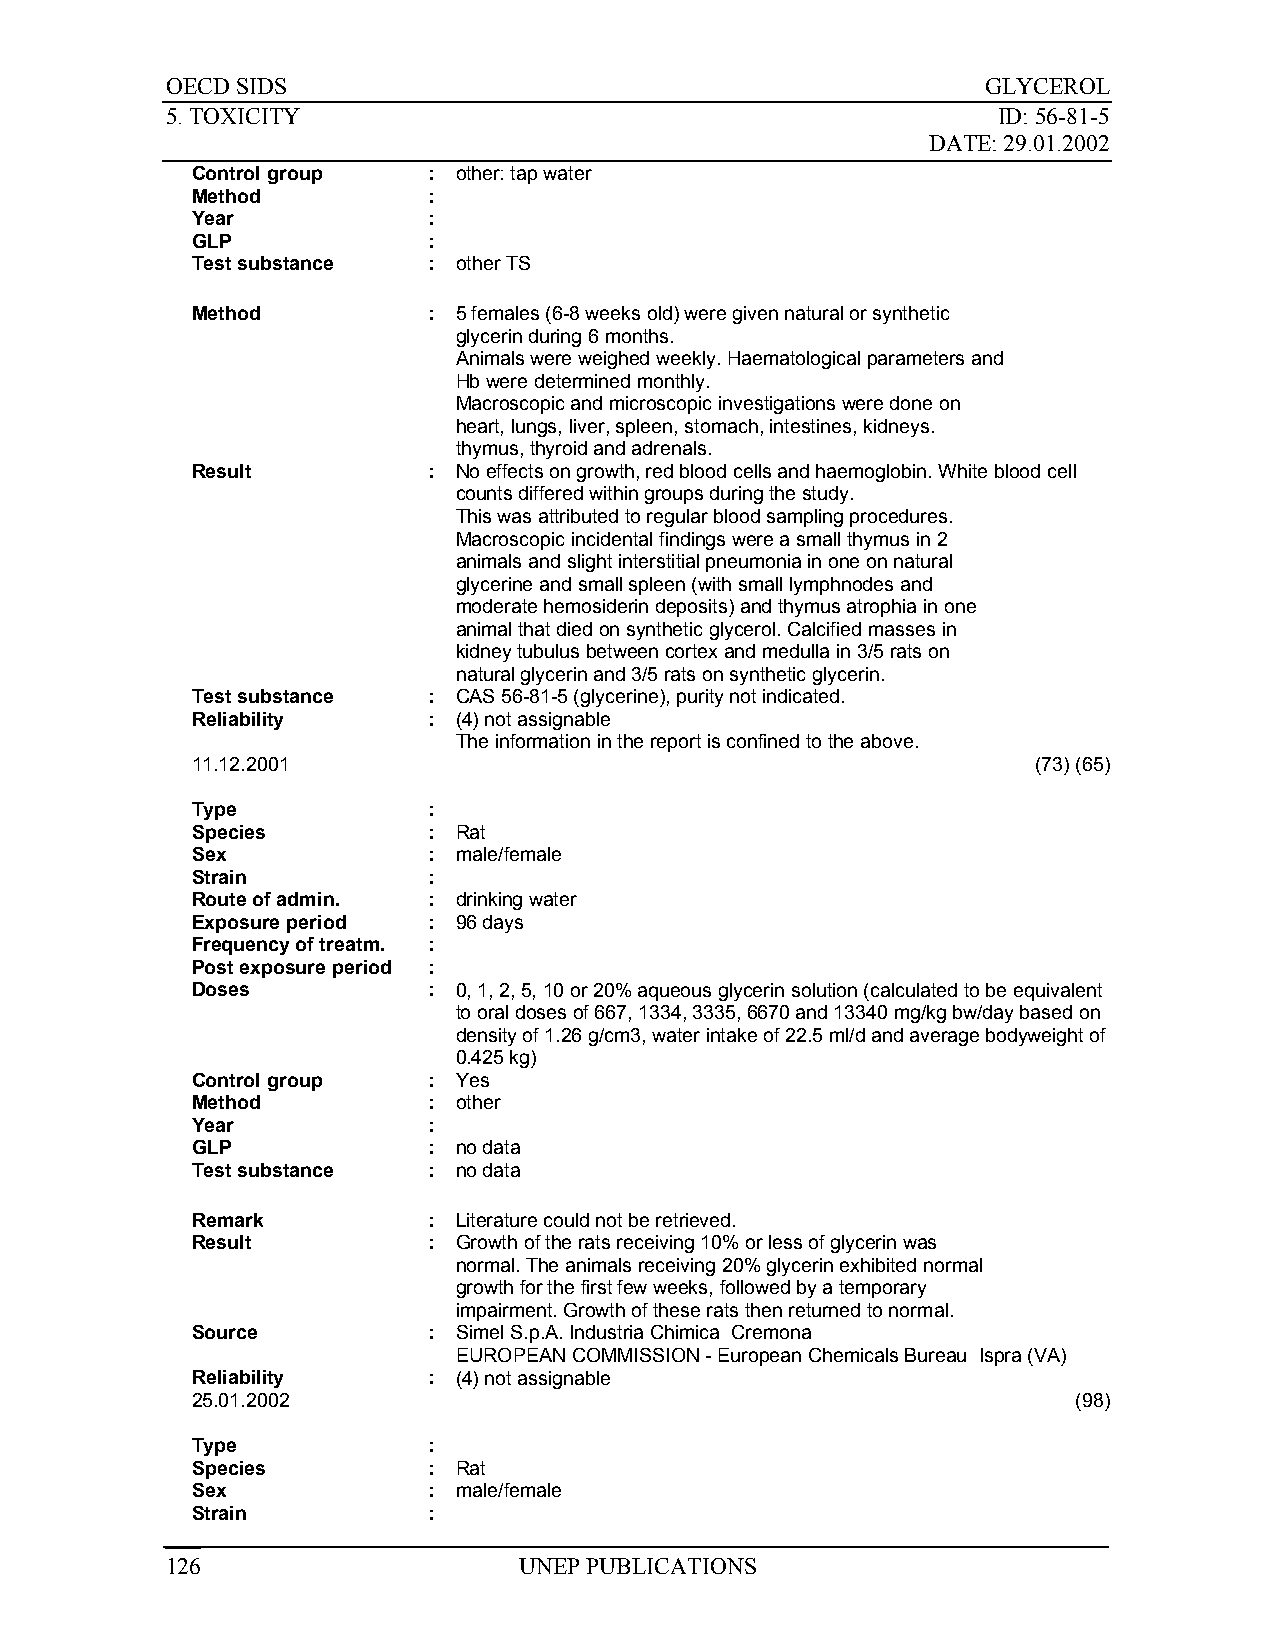
OECD SIDS                                             GLYCEROL
 5. TOXICITY                                            ID: 56-81-5
 DATE: 29.01.2002
 Control group  : other: tap water
 Method         :
 Year           :
 GLP            :
 Test substance : other TS
 Method         : 5 females (6-8 weeks old) were given natural or synthetic
 glycerin during 6 months.
 Animals were weighed weekly. Haematological parameters and
 Hb were determined monthly.
 Macroscopic and microscopic investigations were done on
 heart, lungs, liver, spleen, stomach, intestines, kidneys.
 thymus, thyroid and adrenals.
 Result         : No effects on growth, red blood cells and haemoglobin. White blood cell
 counts differed within groups during the study.
 This was attributed to regular blood sampling procedures.
 Macroscopic incidental findings were a small thymus in 2
 animals and slight interstitial pneumonia in one on natural
 glycerine and small spleen (with small lymphnodes and
 moderate hemosiderin deposits) and thymus atrophia in one
 animal that died on synthetic glycerol. Calcified masses in
 kidney tubulus between cortex and medulla in 3/5 rats on
 natural glycerin and 3/5 rats on synthetic glycerin.
 Test substance : CAS 56-81-5 (glycerine), purity not indicated.
 Reliability    : (4) not assignable
 The information in the report is confined to the above.
 11.12.2001                                              (73) (65)
 Type           :
 Species        : Rat
 Sex            : male/female
 Strain         :
 Route of admin. : drinking water
 Exposure period : 96 days
 Frequency of treatm. :
 Post exposure period :
 Doses          : 0, 1, 2, 5, 10 or 20% aqueous glycerin solution (calculated to be equivalent
 to oral doses of 667, 1334, 3335, 6670 and 13340 mg/kg bw/day based on
 density of 1.26 g/cm3, water intake of 22.5 ml/d and average bodyweight of
 0.425 kg)
 Control group  : Yes
 Method         : other
 Year           :
 GLP            : no data
 Test substance : no data
 Remark         : Literature could not be retrieved.
 Result         : Growth of the rats receiving 10% or less of glycerin was
 normal. The animals receiving 20% glycerin exhibited normal
 growth for the first few weeks, followed by a temporary
 impairment. Growth of these rats then returned to normal.
 Source         : Simel S.p.A. Industria Chimica Cremona
 EUROPEAN COMMISSION - European Chemicals Bureau Ispra (VA)
 Reliability    : (4) not assignable
 25.01.2002                                                (98)
 Type           :
 Species        : Rat
 Sex            : male/female
 Strain         :
 126                    UNEP PUBLICATIONS